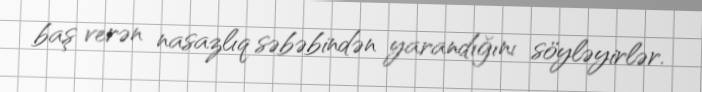
baş verən nasazlıq səbəbindən yarandığını söyləyirlər.